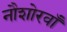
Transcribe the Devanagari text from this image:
नौशोरवाँ